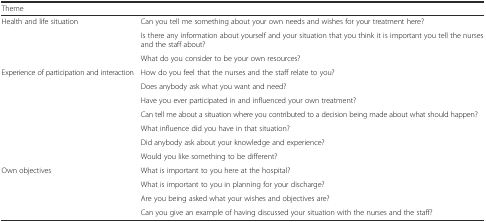
<table><thead><tr><td colspan="2"><b>Theme</b></td></tr></thead><tbody><tr><td rowspan="3">Health and life situation</td><td>Can you tell me something about your own needs and wishes for your treatment here?</td></tr><tr><td>Is there any information about yourself and your situation that you think it is important you tell the nurses and the staff about?</td></tr><tr><td>What do you consider to be your own resources?</td></tr><tr><td rowspan="7">Experience of participation and interaction</td><td>How do you feel that the nurses and the staff relate to you?</td></tr><tr><td>Does anybody ask what you want and need?</td></tr><tr><td>Have you ever participated in and influenced your own treatment?</td></tr><tr><td>Can tell me about a situation where you contributed to a decision being made about what should happen?</td></tr><tr><td>What influence did you have in that situation?</td></tr><tr><td>Did anybody ask about your knowledge and experience?</td></tr><tr><td>Would you like something to be different?</td></tr><tr><td rowspan="4">Own objectives</td><td>What is important to you here at the hospital?</td></tr><tr><td>What is important to you in planning for your discharge?</td></tr><tr><td>Are you being asked what your wishes and objectives are?</td></tr><tr><td>Can you give an example of having discussed your situation with the nurses and the staff?</td></tr></tbody></table>